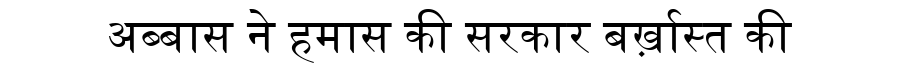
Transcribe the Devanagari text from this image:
अब्बास ने हमास की सरकार बर्ख़ास्त की